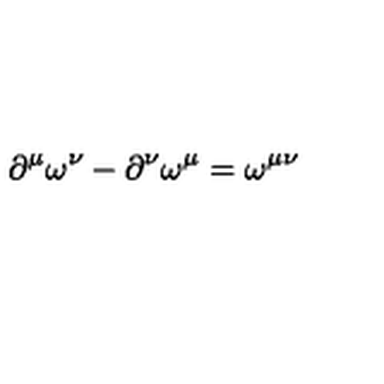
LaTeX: \partial ^ { \mu } \omega ^ { \nu } - \partial ^ { \nu } \omega ^ { \mu } = \omega ^ { \mu \nu }